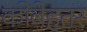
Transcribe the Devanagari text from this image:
कोबेहतर